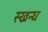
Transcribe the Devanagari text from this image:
स्खन्ध